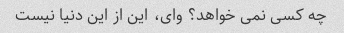
چه کسی نمی خواهد؟ وای، این از این دنیا نیست